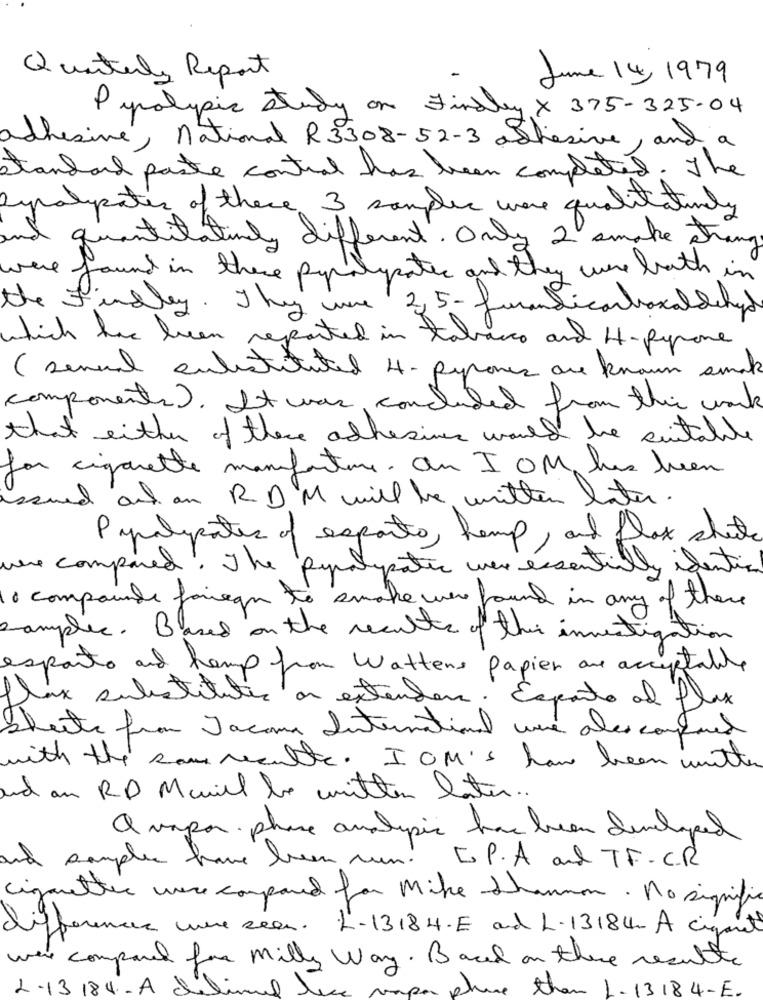
Quantuly Report
June 14, 1979
Pyrolysis Study on Findley X 375-325-04
adhesive, national R3308-52-3 adhesive, and a
standard paste control has been completed . The
sypalpites of these 3 samples were qualitatively
and
quantitativily different. Only 2 smake strange
were
found in there pyrolysates and they were both in
the Findley. They were 2,5 - funandicarboxaldehyde
which has been reported in tabasco and H-pyrone ,
( several entistituted 4- pyrones are known smak
components). It was concluded from this work
that either of these adhesives would be suitable
for cigarette manufacture. au IOM has been
ssued out an RD M will be written later.
Paralipates of exports, hemp, and flax sheets
une compared, The pyrolipatic were essentially identical
10 compounds foriegn to smoke were found in any of these
samplec . Based on the results of this investigation
exporto and hemp from Wattens papier are acceptable
flax substitutes on extender. Exporto of flux.
Sheets from Jacona International were alsocompared
with the som resulte . IO M's haw been witte
and an RD Mariel to written later ..
A vapor phase analysis has been developed
and souples have been run ! Es P. A and TF-C.R.
cigarettes were compared for Mike Shannon . No signific
differences une seen. L-13184.E and L-1318Um A cigaret
were compared for Milly Way. Based on there resulte
2-13 184 - A dilim
po
phine than L-1318 4-E.